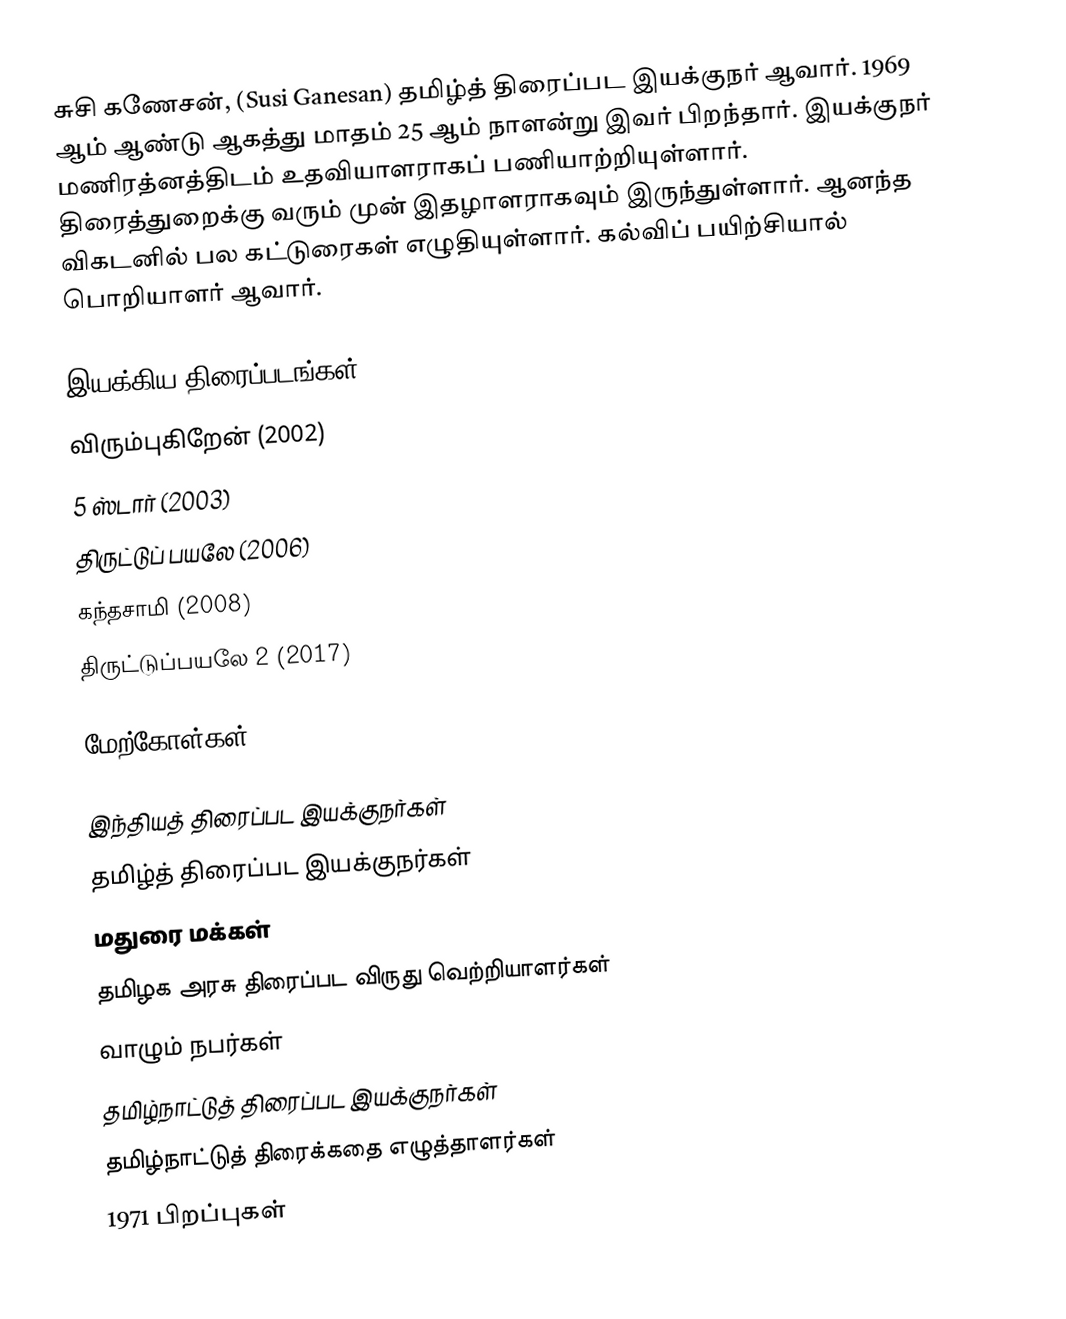
சுசி கணேசன், (Susi Ganesan) தமிழ்த் திரைப்பட இயக்குநர் ஆவார். 1969 ஆம் ஆண்டு ஆகத்து மாதம் 25 ஆம் நாளன்று இவர் பிறந்தார். இயக்குநர் மணிரத்னத்திடம் உதவியாளராகப் பணியாற்றியுள்ளார். திரைத்துறைக்கு வரும் முன் இதழாளராகவும் இருந்துள்ளார். ஆனந்த விகடனில் பல கட்டுரைகள் எழுதியுள்ளார்.  கல்விப் பயிற்சியால் பொறியாளர் ஆவார்.

இயக்கிய திரைப்படங்கள்
 விரும்புகிறேன் (2002)
 5 ஸ்டார் (2003)
 திருட்டுப் பயலே (2006)
 கந்தசாமி (2008)
 திருட்டுப்பயலே 2 (2017)

மேற்கோள்கள்

இந்தியத் திரைப்பட இயக்குநர்கள்
தமிழ்த் திரைப்பட இயக்குநர்கள்
மதுரை மக்கள்
தமிழக அரசு திரைப்பட விருது வெற்றியாளர்கள்
வாழும் நபர்கள்
தமிழ்நாட்டுத் திரைப்பட இயக்குநர்கள்
தமிழ்நாட்டுத் திரைக்கதை எழுத்தாளர்கள்
1971 பிறப்புகள்